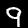
Label: 9